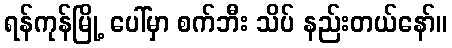
ရန်ကုန်မြို့ ပေါ်မှာ စက်ဘီး သိပ် နည်းတယ်နော်။